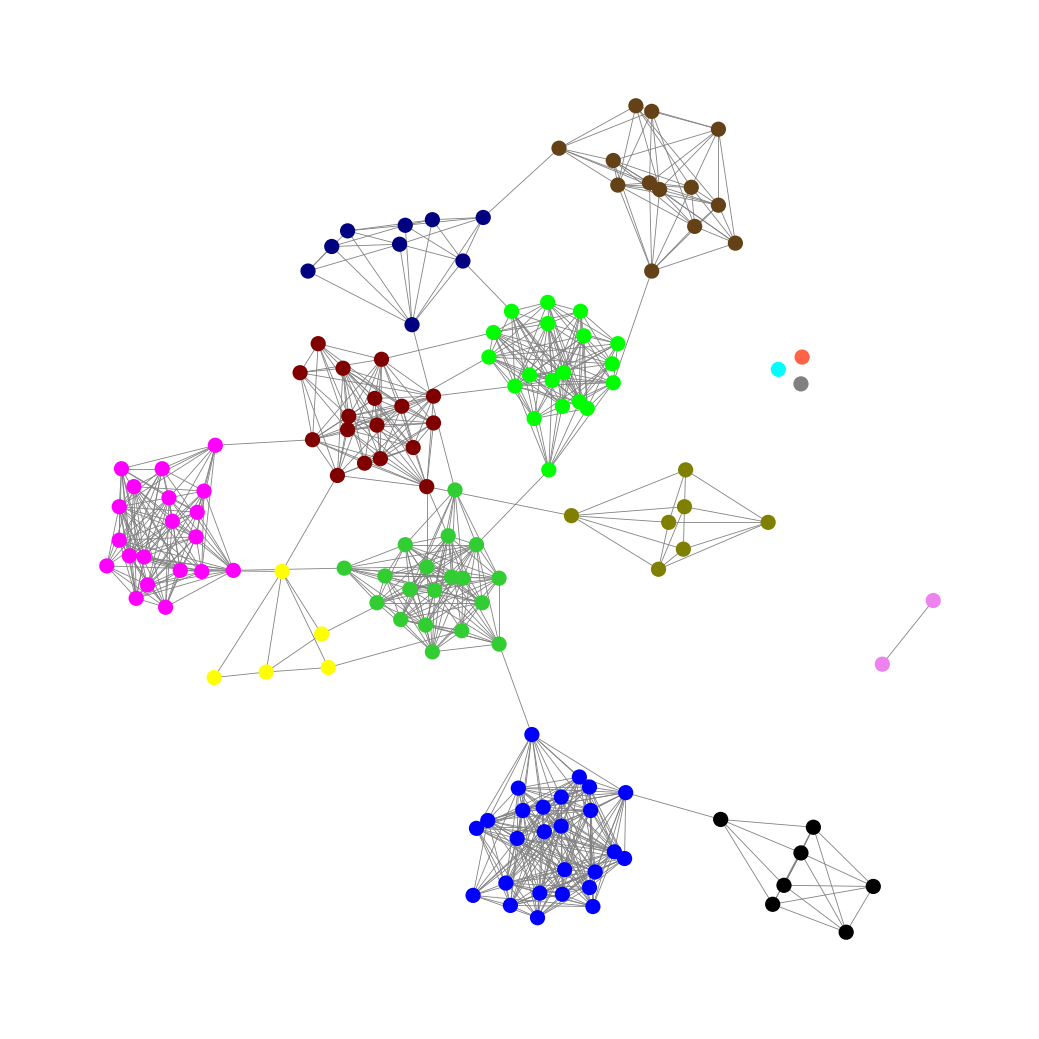
Graph connected: No
Number of connected components: 5
Number of singletons: 3
Total number of nodes: 147
Total number of edges: 827
Number of communities: 14
Community sizes:
Aqua: 1
Black: 7
Blue: 26
Fuchsia: 20
Gray: 1
Lime: 19
Lime Green: 19
Maroon: 17
Navy: 9
Olive: 7
Pullman Brown: 13
Tomato: 1
Violet: 2
Yellow: 5
Graph layout: tda
Graph generation method: erdos_renyi